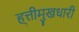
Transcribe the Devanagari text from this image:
ह्त्तीमुखधारी